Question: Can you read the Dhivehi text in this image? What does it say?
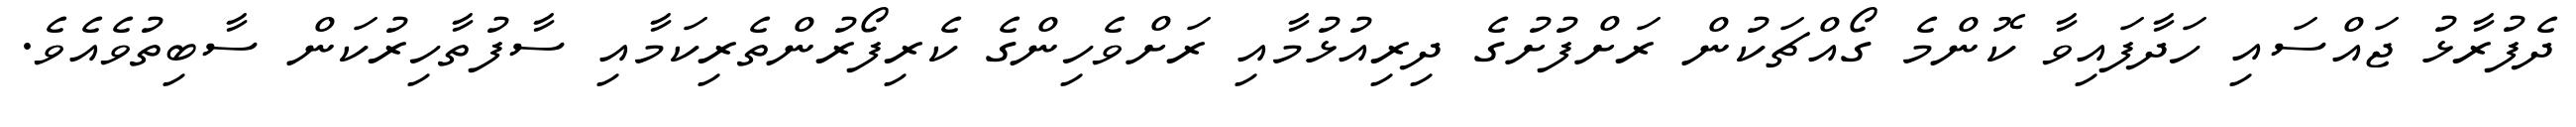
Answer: ދެފުރާޅު ޖައްސައި ހަދާފައިވާ ކޮންމެ ގޯއްޗަކުން ރަށްފުށުގެ ދިރިއުޅުމާއި ރަށްވެހިންގެ ކެރިފޯރުންތެރިކަމާއި ސާފުތާހިރުކަން ސާބިތުވެއެވެ.